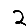
Digit: 2